Indian journal of veterinary science and animal husbandry - Volumes 28-29, 1958-1959
Year: 1958
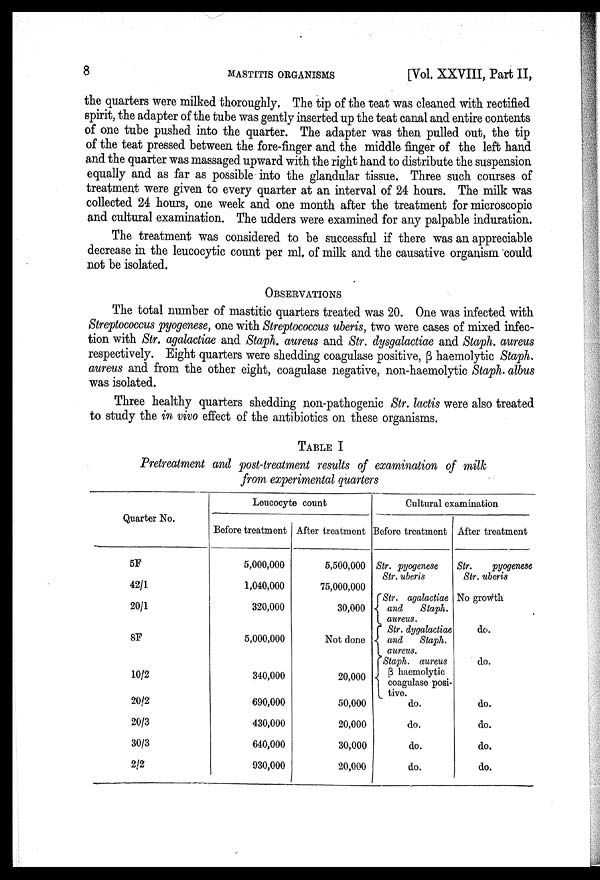
8
MASTITIS
ORGANISMS
[Vol, XXVIII, Part II,
the quarters were milked thoroughly. The tip of the teat was cleaned with rectified
spirit, the adapter of the tube was gently inserted up the teat canal and entire contents
of one tube pushed into the quarter. The adapter was then pulled out, the tip
of the teat pressed between the fore-finger and the middle finger of the left hand
and the quarter was massaged upward with the right hand to distribute the suspension
equally and as far as possible into the glandular tissue. Three such courses of
treatment were given to every quarter at an interval of 24 hours. The milk was
collected 24 hours, one week and one month after the treatment for microscopic
and cultural examination. The udders were examined for any palpable induration.
The treatment was considered to be successful if there was an appreciable
decrease in the leucocytic count per ml, of milk and the causative organism could
not be isolated.
OBSERVATIONS
The total number of mastitic quarters treated was 20. One was infected with
Streptococcus pyogenese, one with Streptococcus uberis, two were cases of mixed infec
tion with Str. agalactiae and Staph. aureus and Str. dysgalactiae and Staph. aureus
respectively. Eight quarters were shedding coagulase positive, β haemolytic Staph.
aureus and from the other eight, coagulase negative, non-haemolytic Staph. albus
was isolated.
Three healthy quarters shedding non-pathogenic Str. lactis were also treated
to study the in vivo effect of the antibiotics on these organisms.
TABLE I
Pretreatment and post-treatment results of examination of milk
from experimental quarters
Quarter No.
5F
42/1
20/1
8F
10/2
20/2
20/3
30/3
2/2
Leucocyte count
Before treatment
5,000,000
1,040,000
320,000
5,000,000
340,000
690,000
430,000
640,000
930,000
After treatment
5,500,000
75,000,000
30,000
Not done
20,000
50,000
20,000
30,000
20,000
Cultural examination
Before treatment
Str. pyogenese
Str. uberis
Str. agalactiae
and
Staph.
aureus.
Str. dygalactiae
and
Staph.
aureus.
Staph, aureus
β
haemolytic
coagulase posi¬
tive.
do.
do.
do.
do.
After treatment
Str.
pyogenese
Str. uberis
No growth
do.
do.
do.
do.
do.
do.